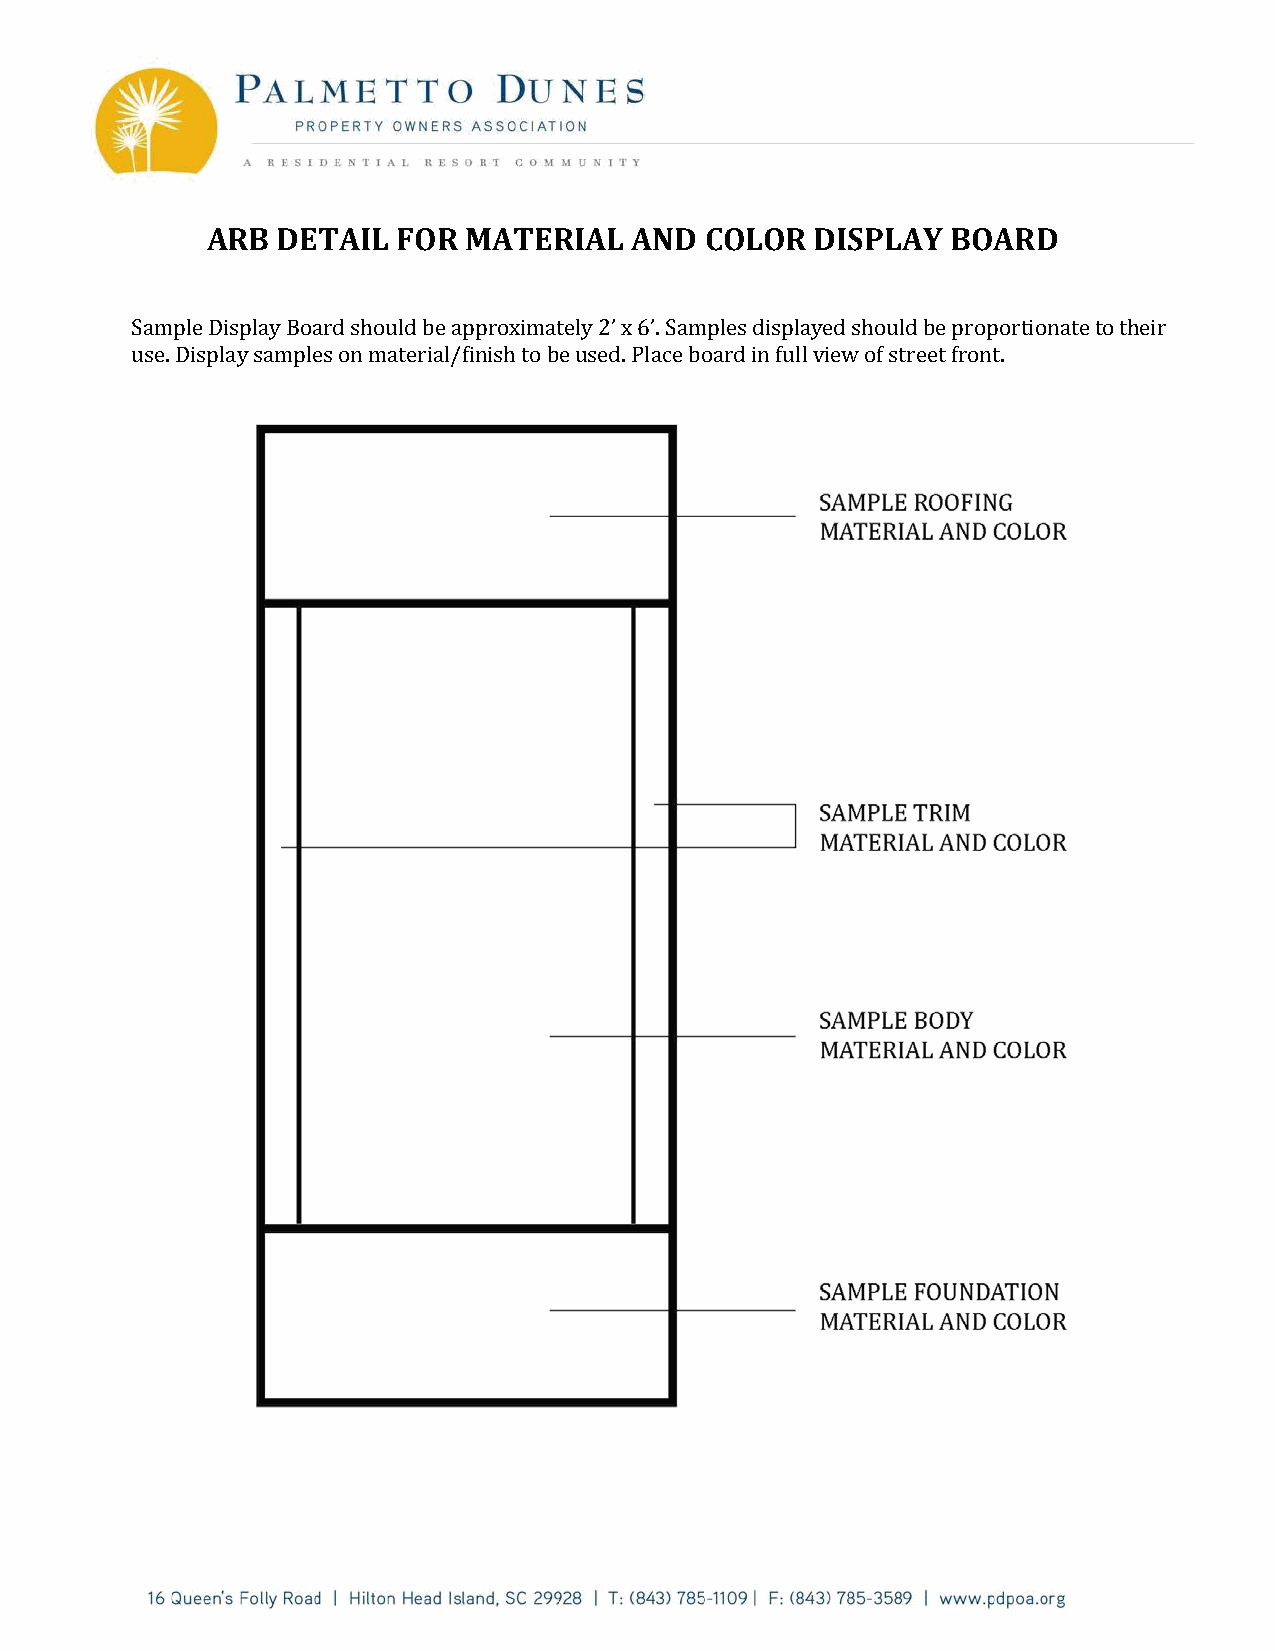
ARB DETAIL  FOR  MATERIAL   AND  COLOR  DISPLAY  BOARD
 Sample Display Board should be approximately 2’ x 6’. Samples displayed should be proportionate to their
 use. Display samples on material/finish to be used. Place board in full view of street front.